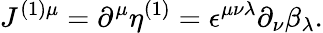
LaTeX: J^{(1)\mu}=\partial^{\mu}\eta^{(1)}=\epsilon^{\mu\nu\lambda}\partial_{\nu}\beta_{\lambda}.